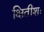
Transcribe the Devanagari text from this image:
क्षितीशः